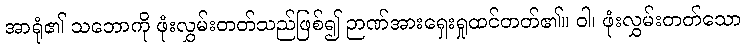
အာရုံ၏ သဘောကို ဖုံးလွှမ်းတတ်သည်ဖြစ်၍ ဉာဏ်အားရှေးရှုထင်တတ်၏။ ဝါ၊ ဖုံးလွှမ်းတတ်သော